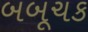
બબૂચક